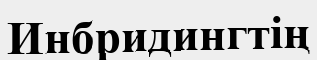
Инбридингтің